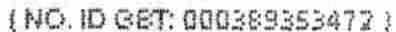
(NO.ID GST: 000389353472)